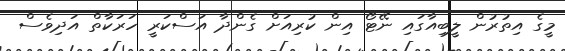
މީގެ އިތުރުން ލީބިއާގައި ނޭޓޯ އިން ކުރިއަށް ގެންދާ އަސްކަރީ ހަރަކާތް އަދިވެސް